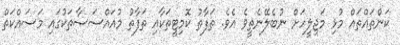
ކަންތައްތައް މުޅި މަޖިލީހަށް ނުބެލޭނެތީވެ އެވެ. ތަފާތު ކޮމިޓީތަކާއި ތަފާތު މުއައްސަސާތަކުގައި މަސައްކަތް